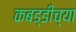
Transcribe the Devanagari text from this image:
कबड्डीच्या